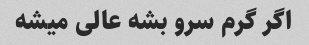
اگر گرم سرو بشه عالی میشه